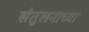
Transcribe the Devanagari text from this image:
संतुलनाच्या